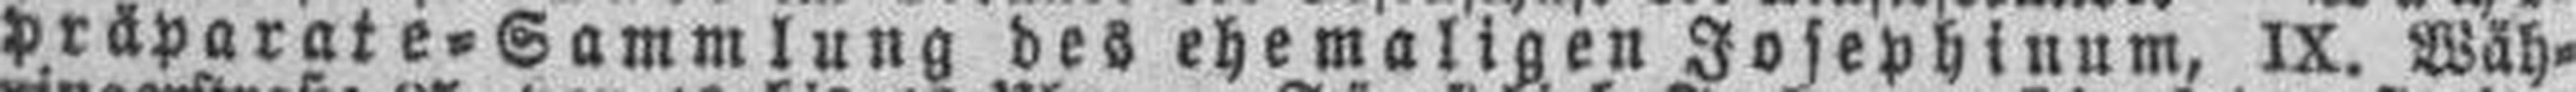
präparate=Sammlung des ehemaligen Josephinum, IX. Wäh¬